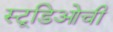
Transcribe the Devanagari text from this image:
स्टूडिओची